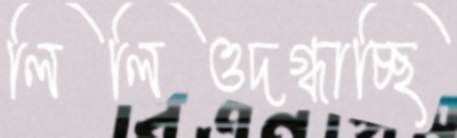
লিলিওদগ্ধাচ্ছি